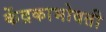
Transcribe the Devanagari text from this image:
केंद्रकाभोवती